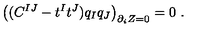
\left( ( C ^ { I J } - t ^ { I } t ^ { J } ) q _ { I } q _ { J } \right) _ { \partial _ { i } Z = 0 } = 0 \ .